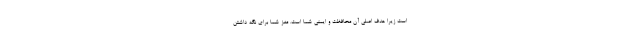
است زیرا هدف اصلی آن محافظت و ایمنی شما است. مغز شما برای نگه داشتن